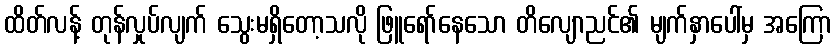
ထိတ်လန့် တုန်လှုပ်လျက် သွေးမရှိတော့သလို ဖြူရော်နေသော တိလျောညင်၏ မျက်နှာပေါ်မှ အကြော